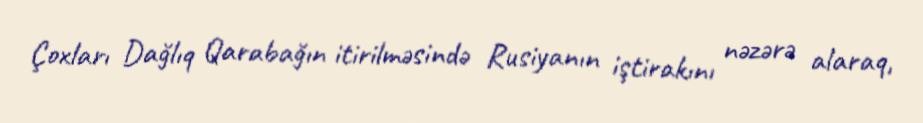
Çoxları Dağlıq Qarabağın itirilməsində Rusiyanın iştirakını nəzərə alaraq,